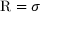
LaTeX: { \mathrm { R } } = \sigma